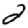
Digit: 2